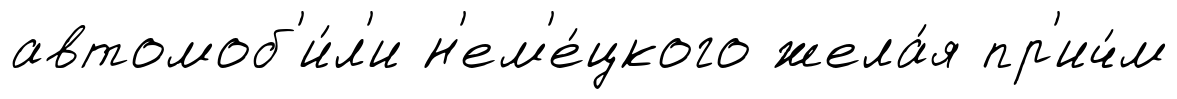
автомоб'и́л'и н'ем'е́цкого жела́я пр'ич́м